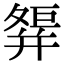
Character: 𢆢